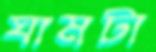
ঘামটা